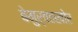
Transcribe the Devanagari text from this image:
बेमुर्वतखोर